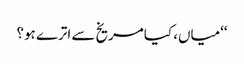
‘‘میاں، کیا مریخ سے اترے ہو؟